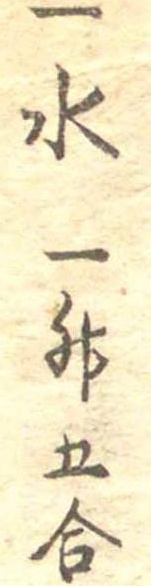
一水一升五合